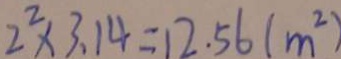
2 ^ { 2 } \times 3 . 1 4 = 1 2 . 5 6 ( m ^ { 2 } )